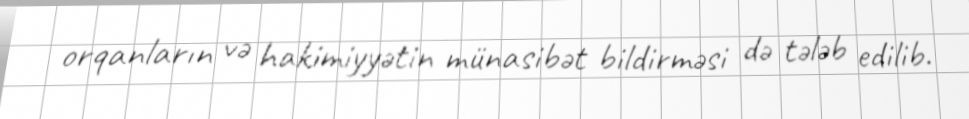
orqanların və hakimiyyətin münasibət bildirməsi də tələb edilib.